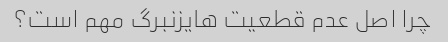
چرا اصل عدم قطعیت هایزنبرگ مهم است؟